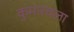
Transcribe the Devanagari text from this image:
कुमारचला